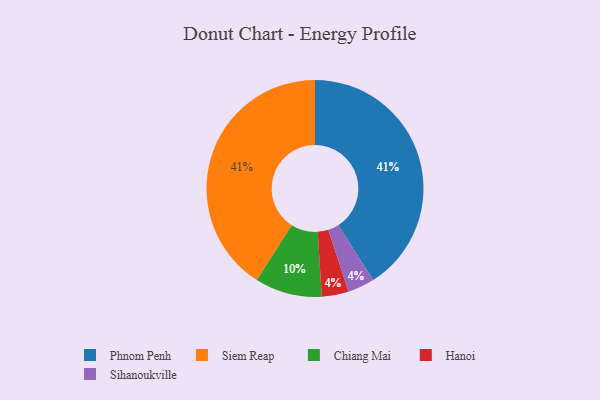
{"axis": {"x": "Category", "y": "Percentage"}, "legend": ["Chiang Mai", "Hanoi", "Phnom Penh", "Siem Reap", "Sihanoukville"], "data": [{"x": "Chiang Mai", "y": 10, "type": "Chiang Mai"}, {"x": "Hanoi", "y": 4, "type": "Hanoi"}, {"x": "Phnom Penh", "y": 41, "type": "Phnom Penh"}, {"x": "Siem Reap", "y": 41, "type": "Siem Reap"}, {"x": "Sihanoukville", "y": 4, "type": "Sihanoukville"}]}